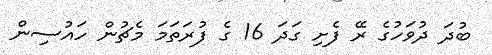
ބުދަ ދުވަހުގެ ރޭ ފެށި ގަދަ 16 ގެ ފުރަތަމަ މެޗުން ހައުސިން